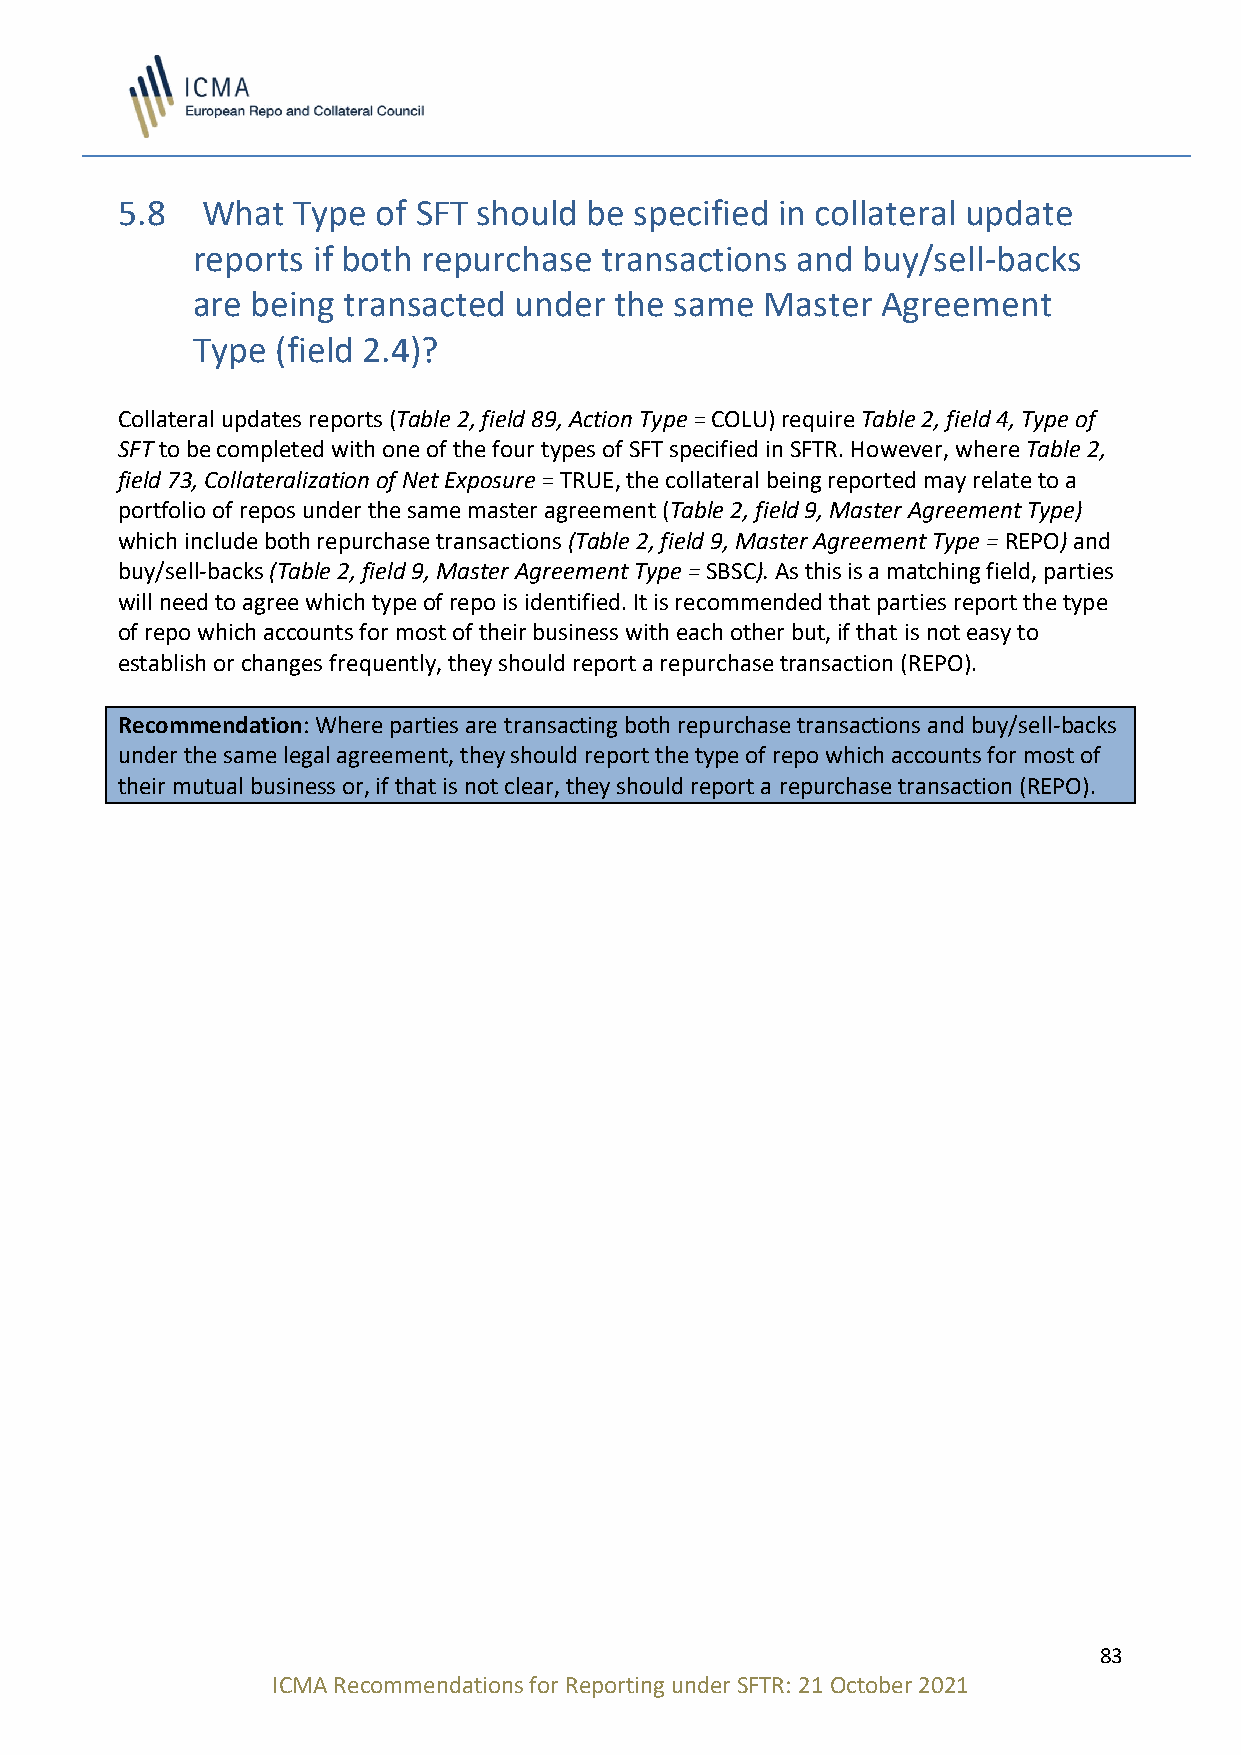
5.8  What  Type  of SFT should be specified in collateral update
 reports if both repurchase transactions and buy/sell-backs
 are being transacted under  the same  Master Agreement
 Type (field 2.4)?
 Collateral updates reports (Table 2, field 89, Action Type = COLU) require Table 2, field 4, Type of
 SFT to be completed with one of the four types of SFT specified in SFTR. However, where Table 2,
 field 73, Collateralization of Net Exposure = TRUE, the collateral being reported may relate to a
 portfolio of repos under the same master agreement (Table 2, field 9, Master Agreement Type)
 which include both repurchase transactions (Table 2, field 9, Master Agreement Type = REPO) and
 buy/sell-backs (Table 2, field 9, Master Agreement Type = SBSC). As this is a matching field, parties
 will need to agree which type of repo is identified. It is recommended that parties report the type
 of repo which accounts for most of their business with each other but, if that is not easy to
 establish or changes frequently, they should report a repurchase transaction (REPO).
 Recommendation: Where parties are transacting both repurchase transactions and buy/sell-backs
 under the same legal agreement, they should report the type of repo which accounts for most of
 their mutual business or, if that is not clear, they should report a repurchase transaction (REPO).
 83
 ICMA Recommendations for Reporting under SFTR: 21 October 2021